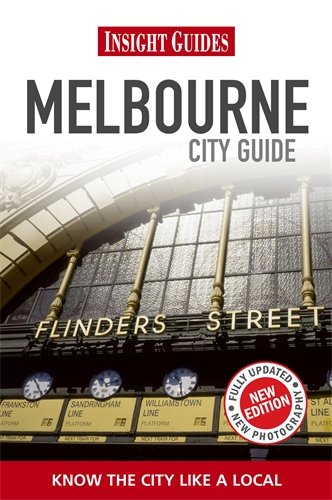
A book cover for Melbourne (City Guide); Insight Guides; Travel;